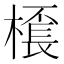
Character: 𣛓